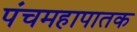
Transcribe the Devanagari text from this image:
पंचमहापातक